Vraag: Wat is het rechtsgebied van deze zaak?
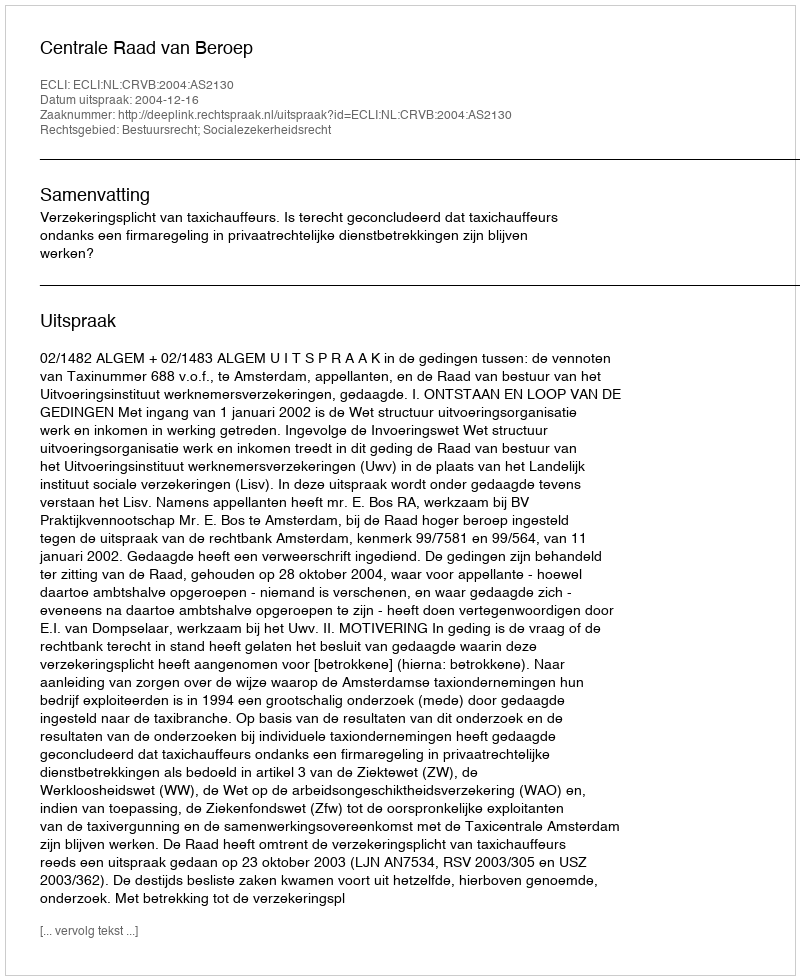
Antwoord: Bestuursrecht; Socialezekerheidsrecht